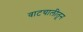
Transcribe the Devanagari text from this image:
वाटचालीतून